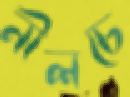
নীলচে